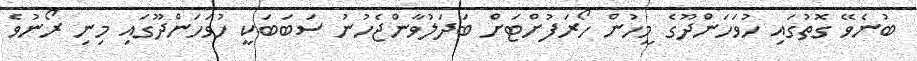
ބުނެވޭ ގޮތުގައި ހުވަހަންދޫގެ މީހުން ހޯރަފުށްޓަށް ބަދަލުވާންޖެހުނު ސަބަބަކީ ހުވަހަންދޫގައި މިނި ރޯނުވެ